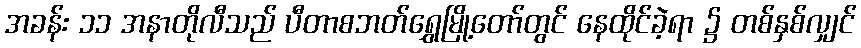
အခန်း ၁၁ အနာတိုလီသည် ပီတာစဘတ်ရွှေမြို့တော်တွင် နေထိုင်ခဲ့ရာ ၌ တစ်နှစ်လျှင်